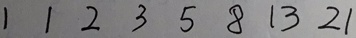
1 1 2 3 5 8 1 3 2 1